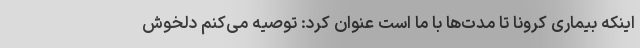
اینکه بیماری کرونا تا مدت‌ها با ما است عنوان کرد: توصیه می‌کنم دلخوش